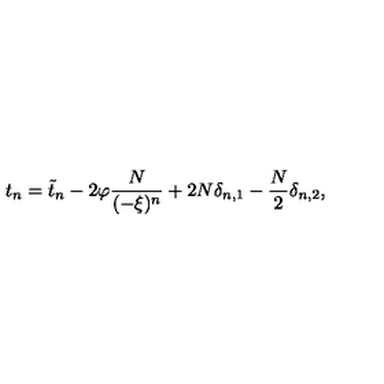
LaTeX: t _ { n } = \tilde { t } _ { n } - 2 \varphi \frac { N } { ( - \xi ) ^ { n } } + 2 N \delta _ { n , 1 } - \frac { N } { 2 } \delta _ { n , 2 } ,